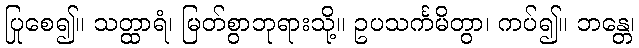
ပြုစေ၍။ သတ္ထာရံ၊ မြတ်စွာဘုရားသို့။ ဥပသင်္ကမိတွာ၊ ကပ်၍။ ဘန္တေ၊